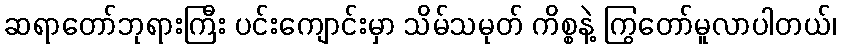
ဆရာတော်ဘုရားကြီး ပင်းကျောင်းမှာ သိမ်သမုတ် ကိစ္စနဲ့ ကြွတော်မူလာပါတယ်၊